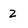
Character: 2